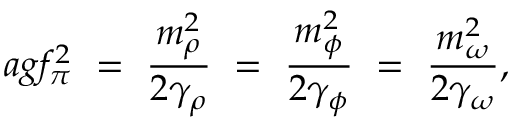
a g f _ { \pi } ^ { 2 } \ = \ \frac { m _ { \rho } ^ { 2 } } { 2 \gamma _ { \rho } } \ = \ \frac { m _ { \phi } ^ { 2 } } { 2 \gamma _ { \phi } } \ = \ \frac { m _ { \omega } ^ { 2 } } { 2 \gamma _ { \omega } } ,